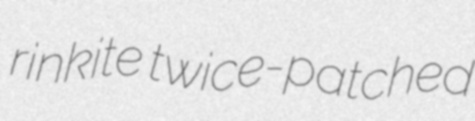
rinkite twice-patched